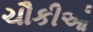
ચૌકીઓ